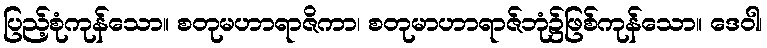
ပြည့်စုံကုန်သော။ စတုမဟာရာဇိကာ၊ စတုမာဟာရာဇ်ဘုံ၌ဖြစ်ကုန်သော။ ဒေဝါ၊